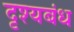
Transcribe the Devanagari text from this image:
दृश्यबंध